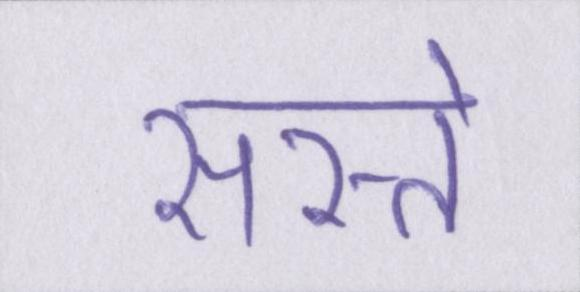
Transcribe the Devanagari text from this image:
सस्ते